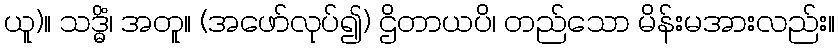
ယူ)။ သဒ္ဓိံ၊ အတူ။ (အဖော်လုပ်၍) ဌိတာယပိ၊ တည်သော မိန်းမအားလည်း။